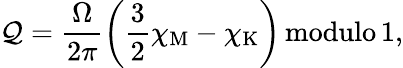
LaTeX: \mathcal{Q}=\frac{\Omega}{2\pi}\left(\frac{3}{2}\chi_{\mathrm{M}}-\chi_{\mathrm{K}}\right)\, \mathrm{modulo}\, 1,